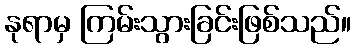
နုရာမှ ကြမ်းသွားခြင်းဖြစ်သည်။